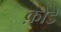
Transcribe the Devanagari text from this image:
क़ोडे